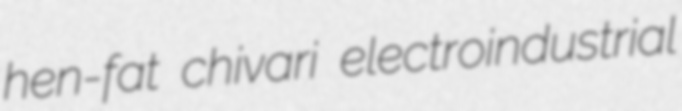
hen-fat chivari electroindustrial